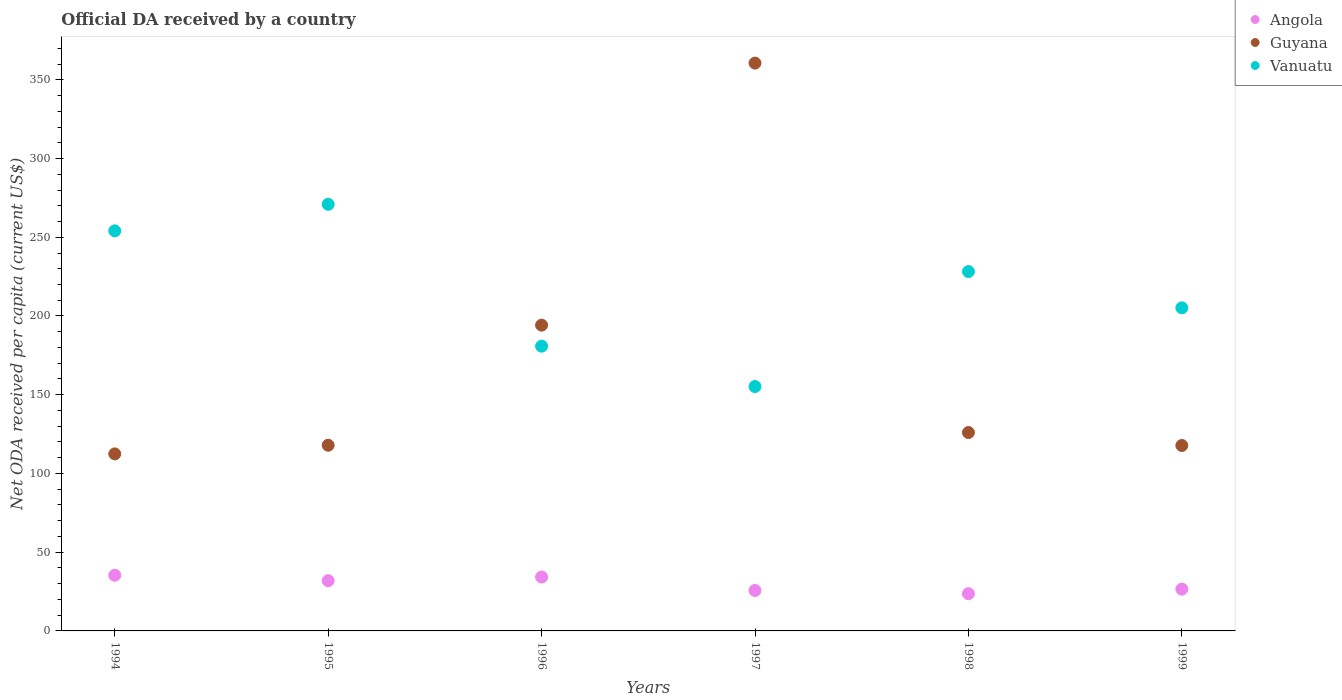
| Years | Angola | Guyana | Vanuatu |
 | --- | --- | --- | --- |
 | 1994 | 35.3 | 112 | 254 |
 | 1995 | 31.9 | 118 | 271 |
 | 1996 | 34.2 | 194 | 181 |
 | 1997 | 25.7 | 361 | 155 |
 | 1998 | 23.6 | 126 | 228 |
 | 1999 | 26.5 | 118 | 205 |